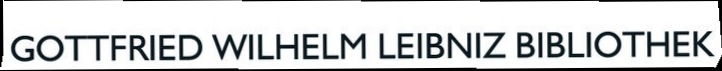
GOTTFRIED WILHELM LEIBNIZ BIBLIOTHEK